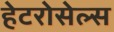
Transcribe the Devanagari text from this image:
हेटरोसेल्स